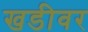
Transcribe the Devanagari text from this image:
खडीवर